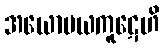
အယောမယကူဋေဟိ